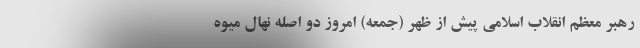
رهبر معظم انقلاب اسلامی پیش از ظهر (جمعه) امروز دو اصله نهال میوه